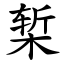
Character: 椠